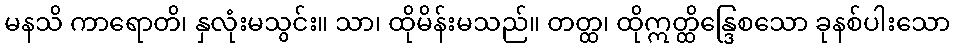
မနသိ ကာရောတိ၊ နှလုံးမသွင်း။ သာ၊ ထိုမိန်းမသည်။ တတ္ထ၊ ထိုဣတ္ထိန္ဒြေစသော ခုနစ်ပါးသော